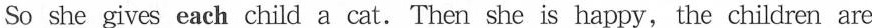
So she gives each child a cat. Then she is happy, the children are